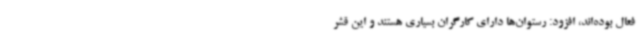
فعال بوده‌اند، افزود: رستوان‌ها دارای کارگران بسیاری هستند و این قشر